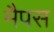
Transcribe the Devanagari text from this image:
मैपस